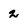
Character: 2